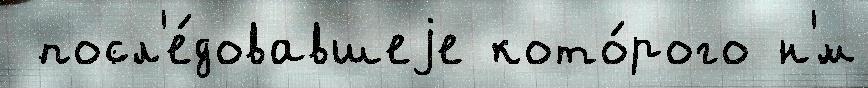
 посл'е́довавшеjе кото́рого н'́м